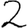
Digit: 2